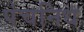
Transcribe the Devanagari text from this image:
पंचनिध